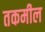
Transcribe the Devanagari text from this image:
तकमील